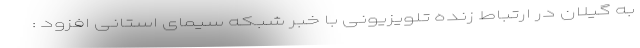
به گیلان در ارتباط زنده تلویزیونی با خبر شبکه سیمای استانی افزود :